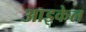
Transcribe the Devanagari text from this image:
आइकेल